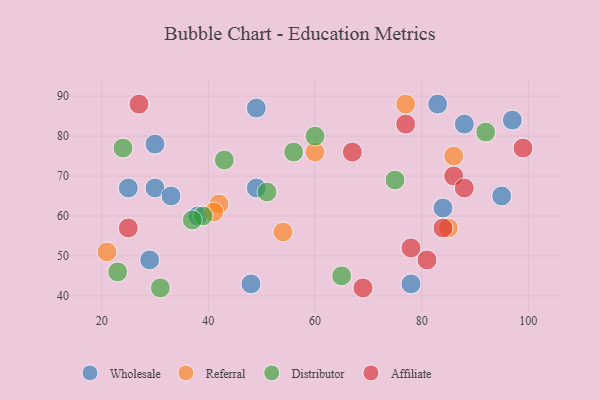
{"axis": {"x": "GDP", "y": "Life Expectancy"}, "legend": ["Affiliate", "Distributor", "Referral", "Wholesale"], "data": [{"x": "95", "y": 65, "type": "Wholesale"}, {"x": "97", "y": 84, "type": "Wholesale"}, {"x": "30", "y": 78, "type": "Wholesale"}, {"x": "30", "y": 67, "type": "Wholesale"}, {"x": "38", "y": 60, "type": "Wholesale"}, {"x": "25", "y": 67, "type": "Wholesale"}, {"x": "84", "y": 62, "type": "Wholesale"}, {"x": "88", "y": 83, "type": "Wholesale"}, {"x": "83", "y": 88, "type": "Wholesale"}, {"x": "48", "y": 43, "type": "Wholesale"}, {"x": "49", "y": 67, "type": "Wholesale"}, {"x": "78", "y": 43, "type": "Wholesale"}, {"x": "29", "y": 49, "type": "Wholesale"}, {"x": "49", "y": 87, "type": "Wholesale"}, {"x": "33", "y": 65, "type": "Wholesale"}, {"x": "42", "y": 63, "type": "Referral"}, {"x": "54", "y": 56, "type": "Referral"}, {"x": "86", "y": 75, "type": "Referral"}, {"x": "85", "y": 57, "type": "Referral"}, {"x": "21", "y": 51, "type": "Referral"}, {"x": "41", "y": 61, "type": "Referral"}, {"x": "60", "y": 76, "type": "Referral"}, {"x": "77", "y": 88, "type": "Referral"}, {"x": "39", "y": 60, "type": "Distributor"}, {"x": "92", "y": 81, "type": "Distributor"}, {"x": "23", "y": 46, "type": "Distributor"}, {"x": "75", "y": 69, "type": "Distributor"}, {"x": "65", "y": 45, "type": "Distributor"}, {"x": "37", "y": 59, "type": "Distributor"}, {"x": "24", "y": 77, "type": "Distributor"}, {"x": "56", "y": 76, "type": "Distributor"}, {"x": "31", "y": 42, "type": "Distributor"}, {"x": "60", "y": 80, "type": "Distributor"}, {"x": "51", "y": 66, "type": "Distributor"}, {"x": "43", "y": 74, "type": "Distributor"}, {"x": "27", "y": 88, "type": "Affiliate"}, {"x": "86", "y": 70, "type": "Affiliate"}, {"x": "69", "y": 42, "type": "Affiliate"}, {"x": "81", "y": 49, "type": "Affiliate"}, {"x": "99", "y": 77, "type": "Affiliate"}, {"x": "88", "y": 67, "type": "Affiliate"}, {"x": "25", "y": 57, "type": "Affiliate"}, {"x": "77", "y": 83, "type": "Affiliate"}, {"x": "67", "y": 76, "type": "Affiliate"}, {"x": "84", "y": 57, "type": "Affiliate"}, {"x": "78", "y": 52, "type": "Affiliate"}]}